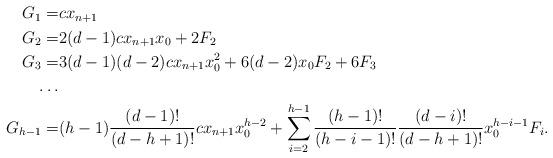
LaTeX: \begin{align*}\begin{aligned}G_{1}=& cx_{n+1}\\G_{2}=& 2(d-1)cx_{n+1}x_0+ 2F_2 \\G_{3}=& 3(d-1)(d-2)cx_{n+1}x^2_0+ 6(d-2)x_0F_2+6F_3 \\\dots\\G_{h-1}=& (h-1)\frac{(d-1)!}{(d-h+1)!}cx_{n+1}x_0^{h-2}+\sum_{i=2}^{h-1}\frac{(h-1)!}{(h-i-1)!}\frac{(d-i)!}{(d-h+1)!}x_0^{h-i-1}F_i.\end{aligned}\end{align*}